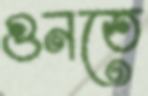
গুনতে